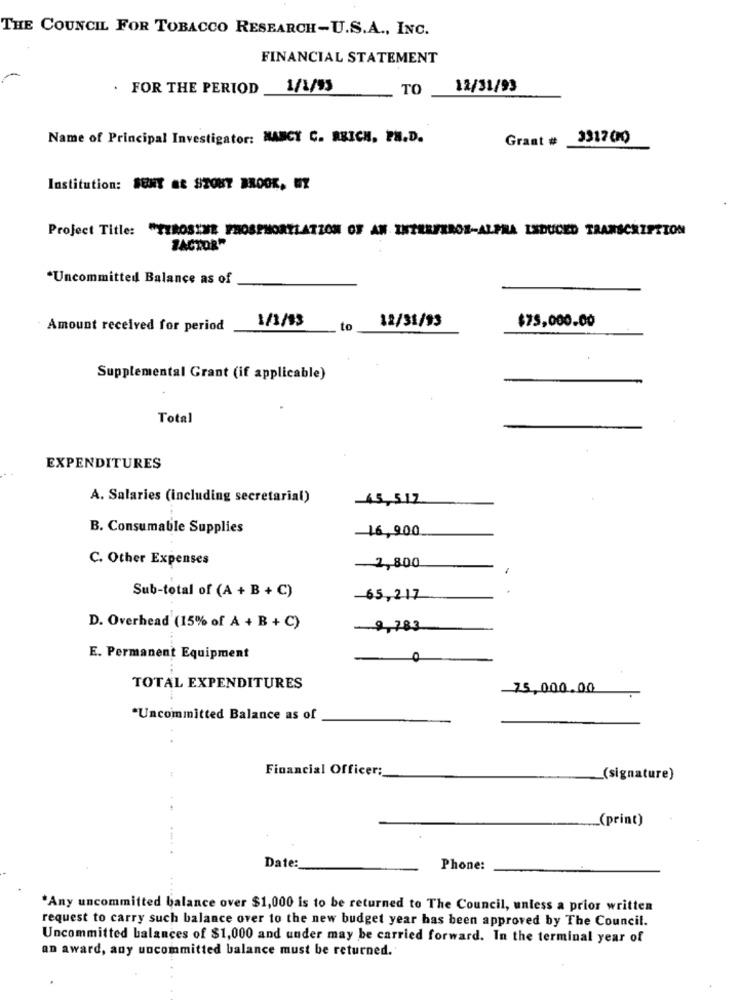
THE COUNCIL FOR TOBACCO RESEARCH-U.S.A ., INC.
FINANCIAL STATEMENT
FOR THE PERIOD
1/1/93
TO
12/31/93
Name of Principal Investigator: MANCY C. RBICH, PH.D.
Grant # 3317(K)
Institution: SUNT #8 STONY BROOK, UZ
Project Title: "TEROSINE PHOSPHORYLATION OF AN INTERFERON-ALPRA INDUCED TRANSCRIPTION
ZACHOR"
*Uncommitted Balance as of
1/3/93
12/31/99
Amount received for period
to
$75,000.00
Supplemental Grant (if applicable)
Total
EXPENDITURES
A. Salaries (including secretarial)
-45,517
B. Consumable Supplies
16,900
C. Other Expenses
-2,800
1
Sub-total of (A + B + C)
-65,217
D. Overhead (15% of A + B + C)
9,783
E. Permanent Equipment
0
TOTAL EXPENDITURES
75,000.00
*Uncommitted Balance as of
Financial Officer;
_(signature)
(print)
+ -... .
Date:
Phone:
"Any uncommitted balance over $1,000 is to be returned to The Council, unless a prior written
request to carry such balance over to the new budget year has been approved by The Council.
Uncommitted balances of $1,000 and under may be carried forward. In the terminal year of
an award, any uncommitted balance must be returned."